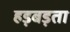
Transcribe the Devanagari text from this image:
हड़बड़ता